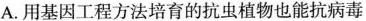
A.用基因工程方法培育的抗虫植物也能抗病毒